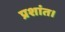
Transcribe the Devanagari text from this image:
प्रशांत।